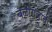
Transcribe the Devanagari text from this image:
बळीराजाची